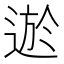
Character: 𨔆